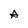
Character: A